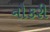
નૌકરી